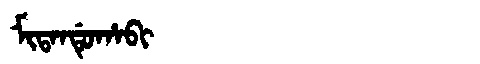
Manchu: ᠮᡳᡨᠠᠨᡩᡠᡥᠠᠪᡳ
Romanization: MITANDUHABI